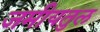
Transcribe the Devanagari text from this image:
जमीयतुल